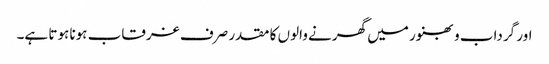
اور گرداب و بھنور میں گھرنے والوں کا مقدر صرف غرقاب ہونا ہوتا ہے۔